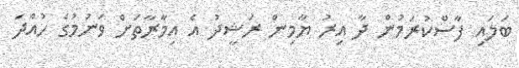
ބަލައި ފާސްކުރަމުން ދާ އިރު ޔާމިން ރަޝީދު އެ އިމާރާތަށް ވަނުމުގެ ހުއްދަ